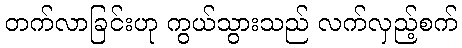
တက်လာခြင်းဟု ကွယ်သွားသည် လက်လှည့်စက်